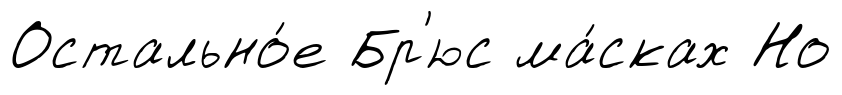
Остально́е Бр'юс ма́сках Но